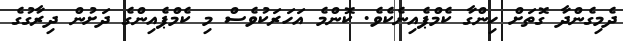
ދެމިގެންދާ ގޮތަށް ހިންގާ ކެމްޕެއިނެކެވެ. ކޮންމެ އަހަރަކުވެސް މި ކެމްޕެއިންގެ ދަށުން ދިރާގުގެ